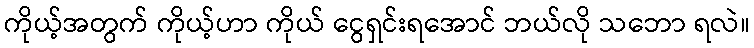
ကိုယ့်အတွက် ကိုယ့်ဟာ ကိုယ် ငွေရှင်းရအောင် ဘယ်လို သဘော ရလဲ။